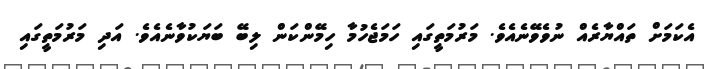
އެކަމަށް ތައްޔާރެއް ނުވެވޭނެއެވެ. މަރުމަތީގައި ހަމަޖެހުމާ ހިމޭންކަން ލިބޭ ބަޔަކުވާނެއެވެ. އަދި މަރުމަތީގައި